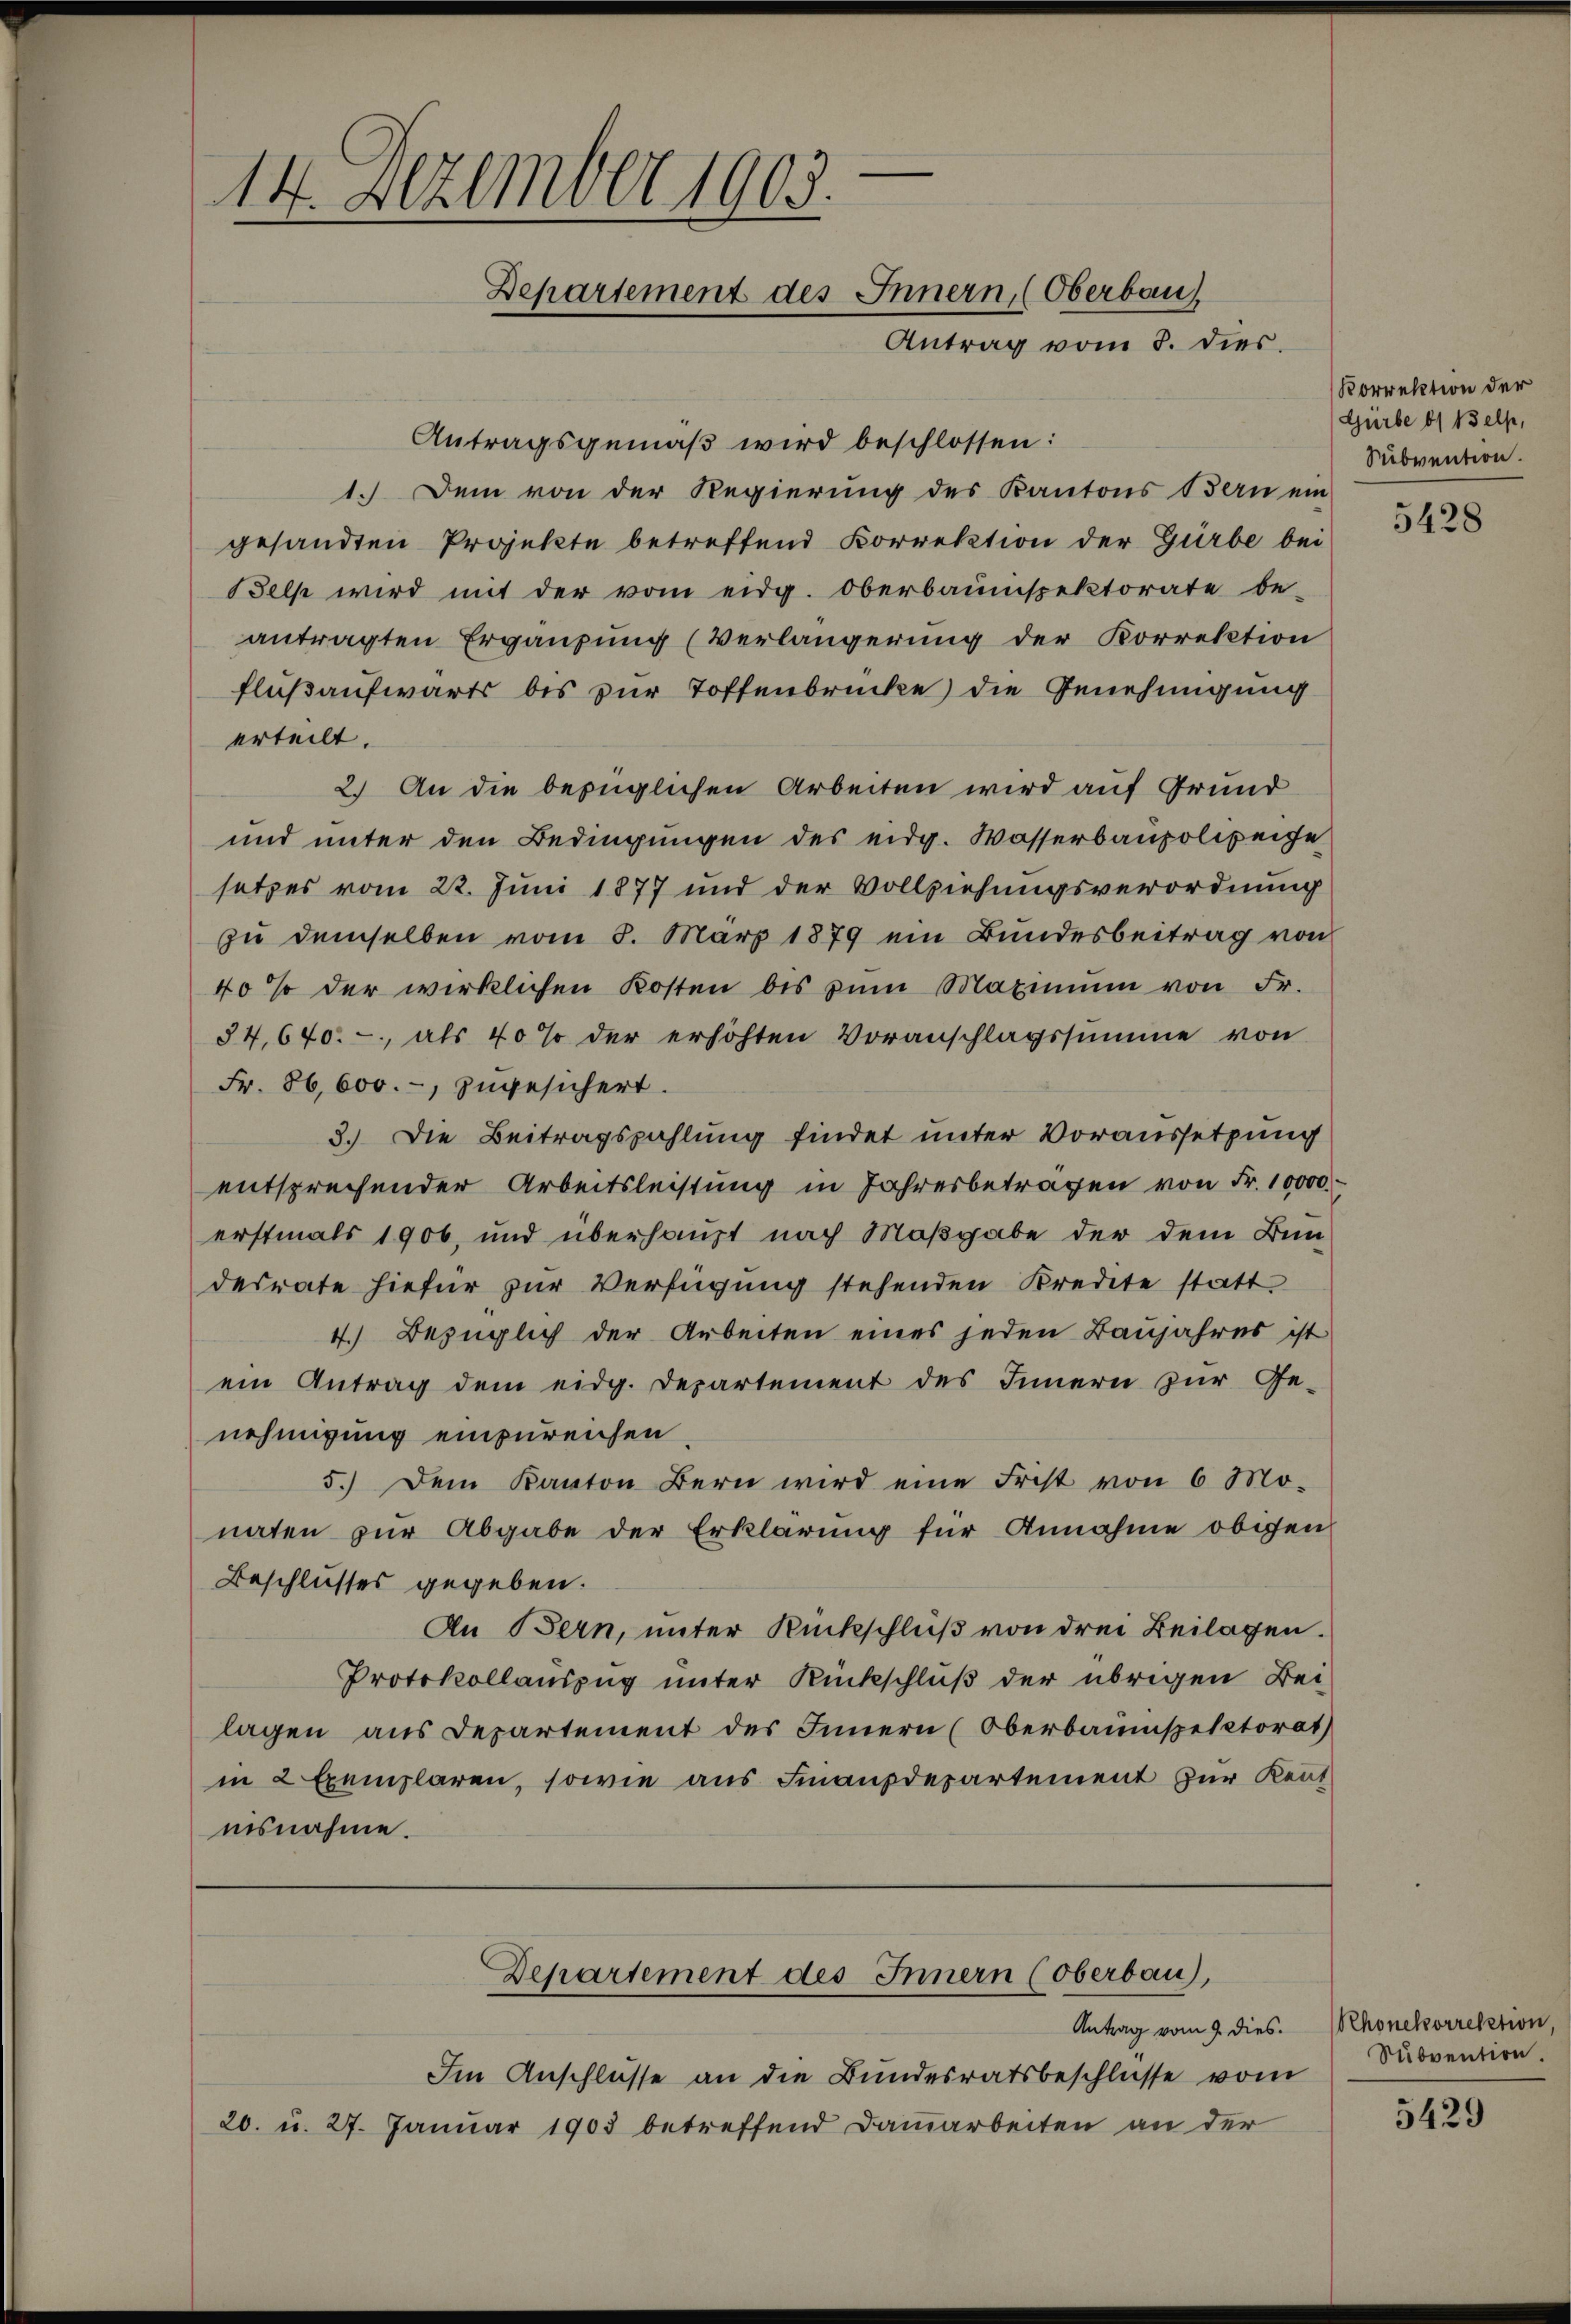
e
14. Dezember 1903.
Departement des Innern, (Oberbau
Antrag vom 3. dies

Antragsgemäß wird beschlossen:
1.) Dem von der Regierung des Kantons Bern ein
gesandten Projekte betreffend Korrektion der Gürbe bei
els wird mit der vom eidg. Oberbaumspektorate be-
antragten Ergänzung (Verlängerung der Korrektion
fluß aufwärts bis zur Toffenbrücke) die Genehmigung
erteilt.
2.) An die bezüglichen Arbeiten wird auf Grund
und unter den Bedingungen des eidg. Wasserbaupolizeige
setzes vom 22. Juni 1877 und der Vollziehungsverordnung
zu demselben vom 8. März 1879 ein Bundesbeitrag von
40 % der wirklichen Kosten bis zum Maximum von Fr.
54,640.-, als 40 % der erhöhten Voranschlagssumme von
Fr. 86,600.-, zugesichert.
3. Die Beitragszahlung findet unter Voraussetzung
entsprechender Arbeitsleistung in Jahresbeträgen von Fr. 10000
erstmals 1906, und überhaupt nach Maßgabe der dem Bun-
desrate hiefür zur Verfügung stehenden Kredite statt.
4.) Bezüglich der Arbeiten eines jeden Baŭjahres ist
ein Antrag dem eidg. Departement des Innern zur Ge-
nehmigung einzureichen
5.) Dem Kanton Bern wird eine Frist von 6 Mo-
naten zur Abgabe der Erklärung für Annahme obigen
Beschlusses gegeben.
An Bern, unter Rückschluß von drei Beilagen.
Protokollauszug unter Rückschluß der übrigen Bei-
lagen aus Departement des Innern (Oberbauinspektorat
in 2 Exemplaren, sowie aus Finanzdepartement zur Kentnisnahme.

Departement des Innern (Oberbau),

Antrag vom 9. dies
Im Anschlüsse an die Bundesratsbeschlüsse vom
20. u. 27. Januar 1903 betreffend Damarbeiten an der

Korrektion der
Gürbe ds Belp,
Subvention.

5428

Rhonekorrektion.
Subvention

5429